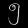
Digit: ၅